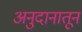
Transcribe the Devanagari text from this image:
अनुदानातून